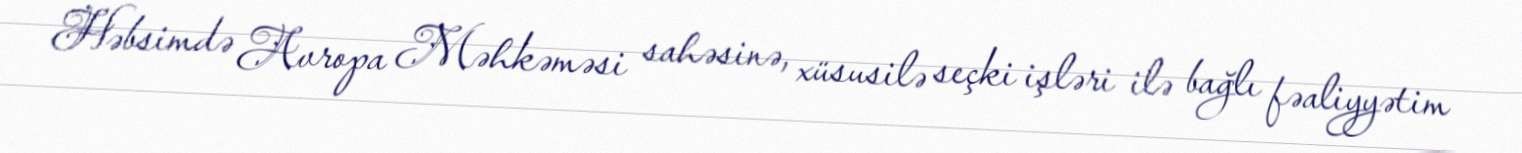
Həbsimdə Avropa Məhkəməsi sahəsinə, xüsusilə seçki işləri ilə bağlı fəaliyyətim